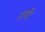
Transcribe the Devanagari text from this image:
रांगी